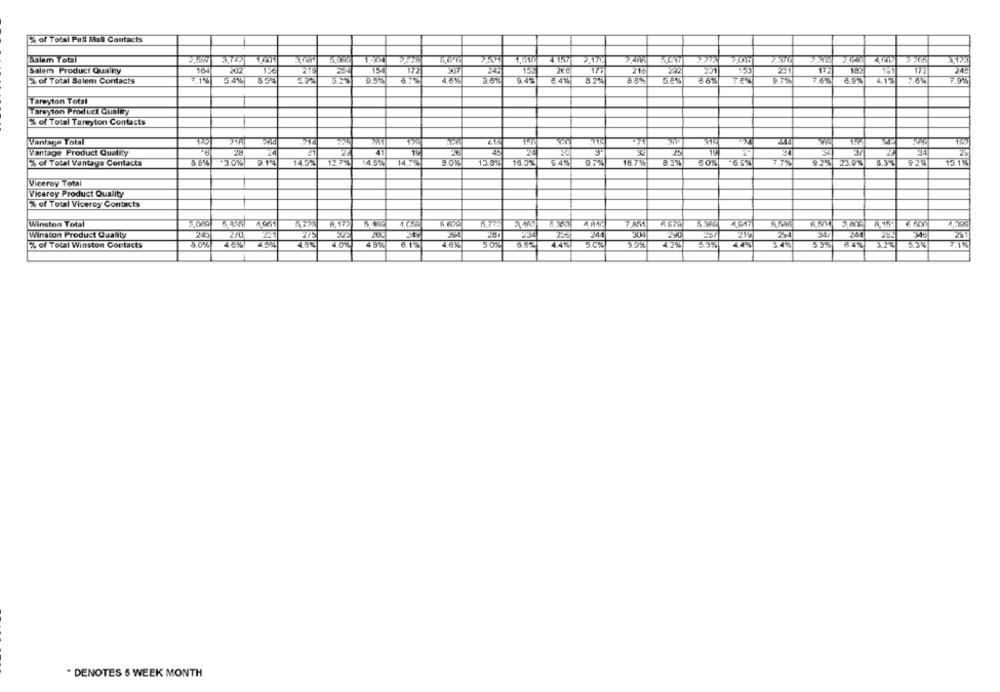
% of Total Pall Mal Contacts
Salem Total
4.157
177
245
17.
218
201
150
17
249
Salem Product Quality
202
216
% of Total Salem Contacts
54% 854
3.63
9.45
8.8%
86% 76%
97%
7.6%
6.9%
415
7,9%
Tareyton Total
Tareyton Product Qualey
E of Total Tareyton Contacts
Vantage Total
37
Vantage Product Quality
2PE
% of Total Vantage Contacts
86%
30% 9.14
1452
127%
145%
14.72
9.0%
16.0%
972
167%
60% 65%
7.75
92%
23.9%
92%
151%
Viceroy Total
Vicerey Product Quality
% of Total Viceroy Contacts
Winston Total
2.175
Winston Product Quality
245
270
234
244
34,
215
E. of Total Winston Contacts
4.6% 45%
4.6%
40%
48%
6.19
46%
50%
6.52
4.4%
44%
5.5%
84%
5.35
* DENOTES 6 WEEK MONTH